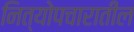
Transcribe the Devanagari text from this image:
नित्योपचारातील